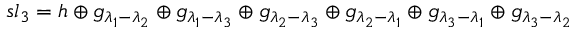
{ \mathfrak { s l } } _ { 3 } = { \mathfrak { h } } \oplus { \mathfrak { g } } _ { \lambda _ { 1 } - \lambda _ { 2 } } \oplus { \mathfrak { g } } _ { \lambda _ { 1 } - \lambda _ { 3 } } \oplus { \mathfrak { g } } _ { \lambda _ { 2 } - \lambda _ { 3 } } \oplus { \mathfrak { g } } _ { \lambda _ { 2 } - \lambda _ { 1 } } \oplus { \mathfrak { g } } _ { \lambda _ { 3 } - \lambda _ { 1 } } \oplus { \mathfrak { g } } _ { \lambda _ { 3 } - \lambda _ { 2 } }